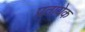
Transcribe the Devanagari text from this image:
प्रतायेक